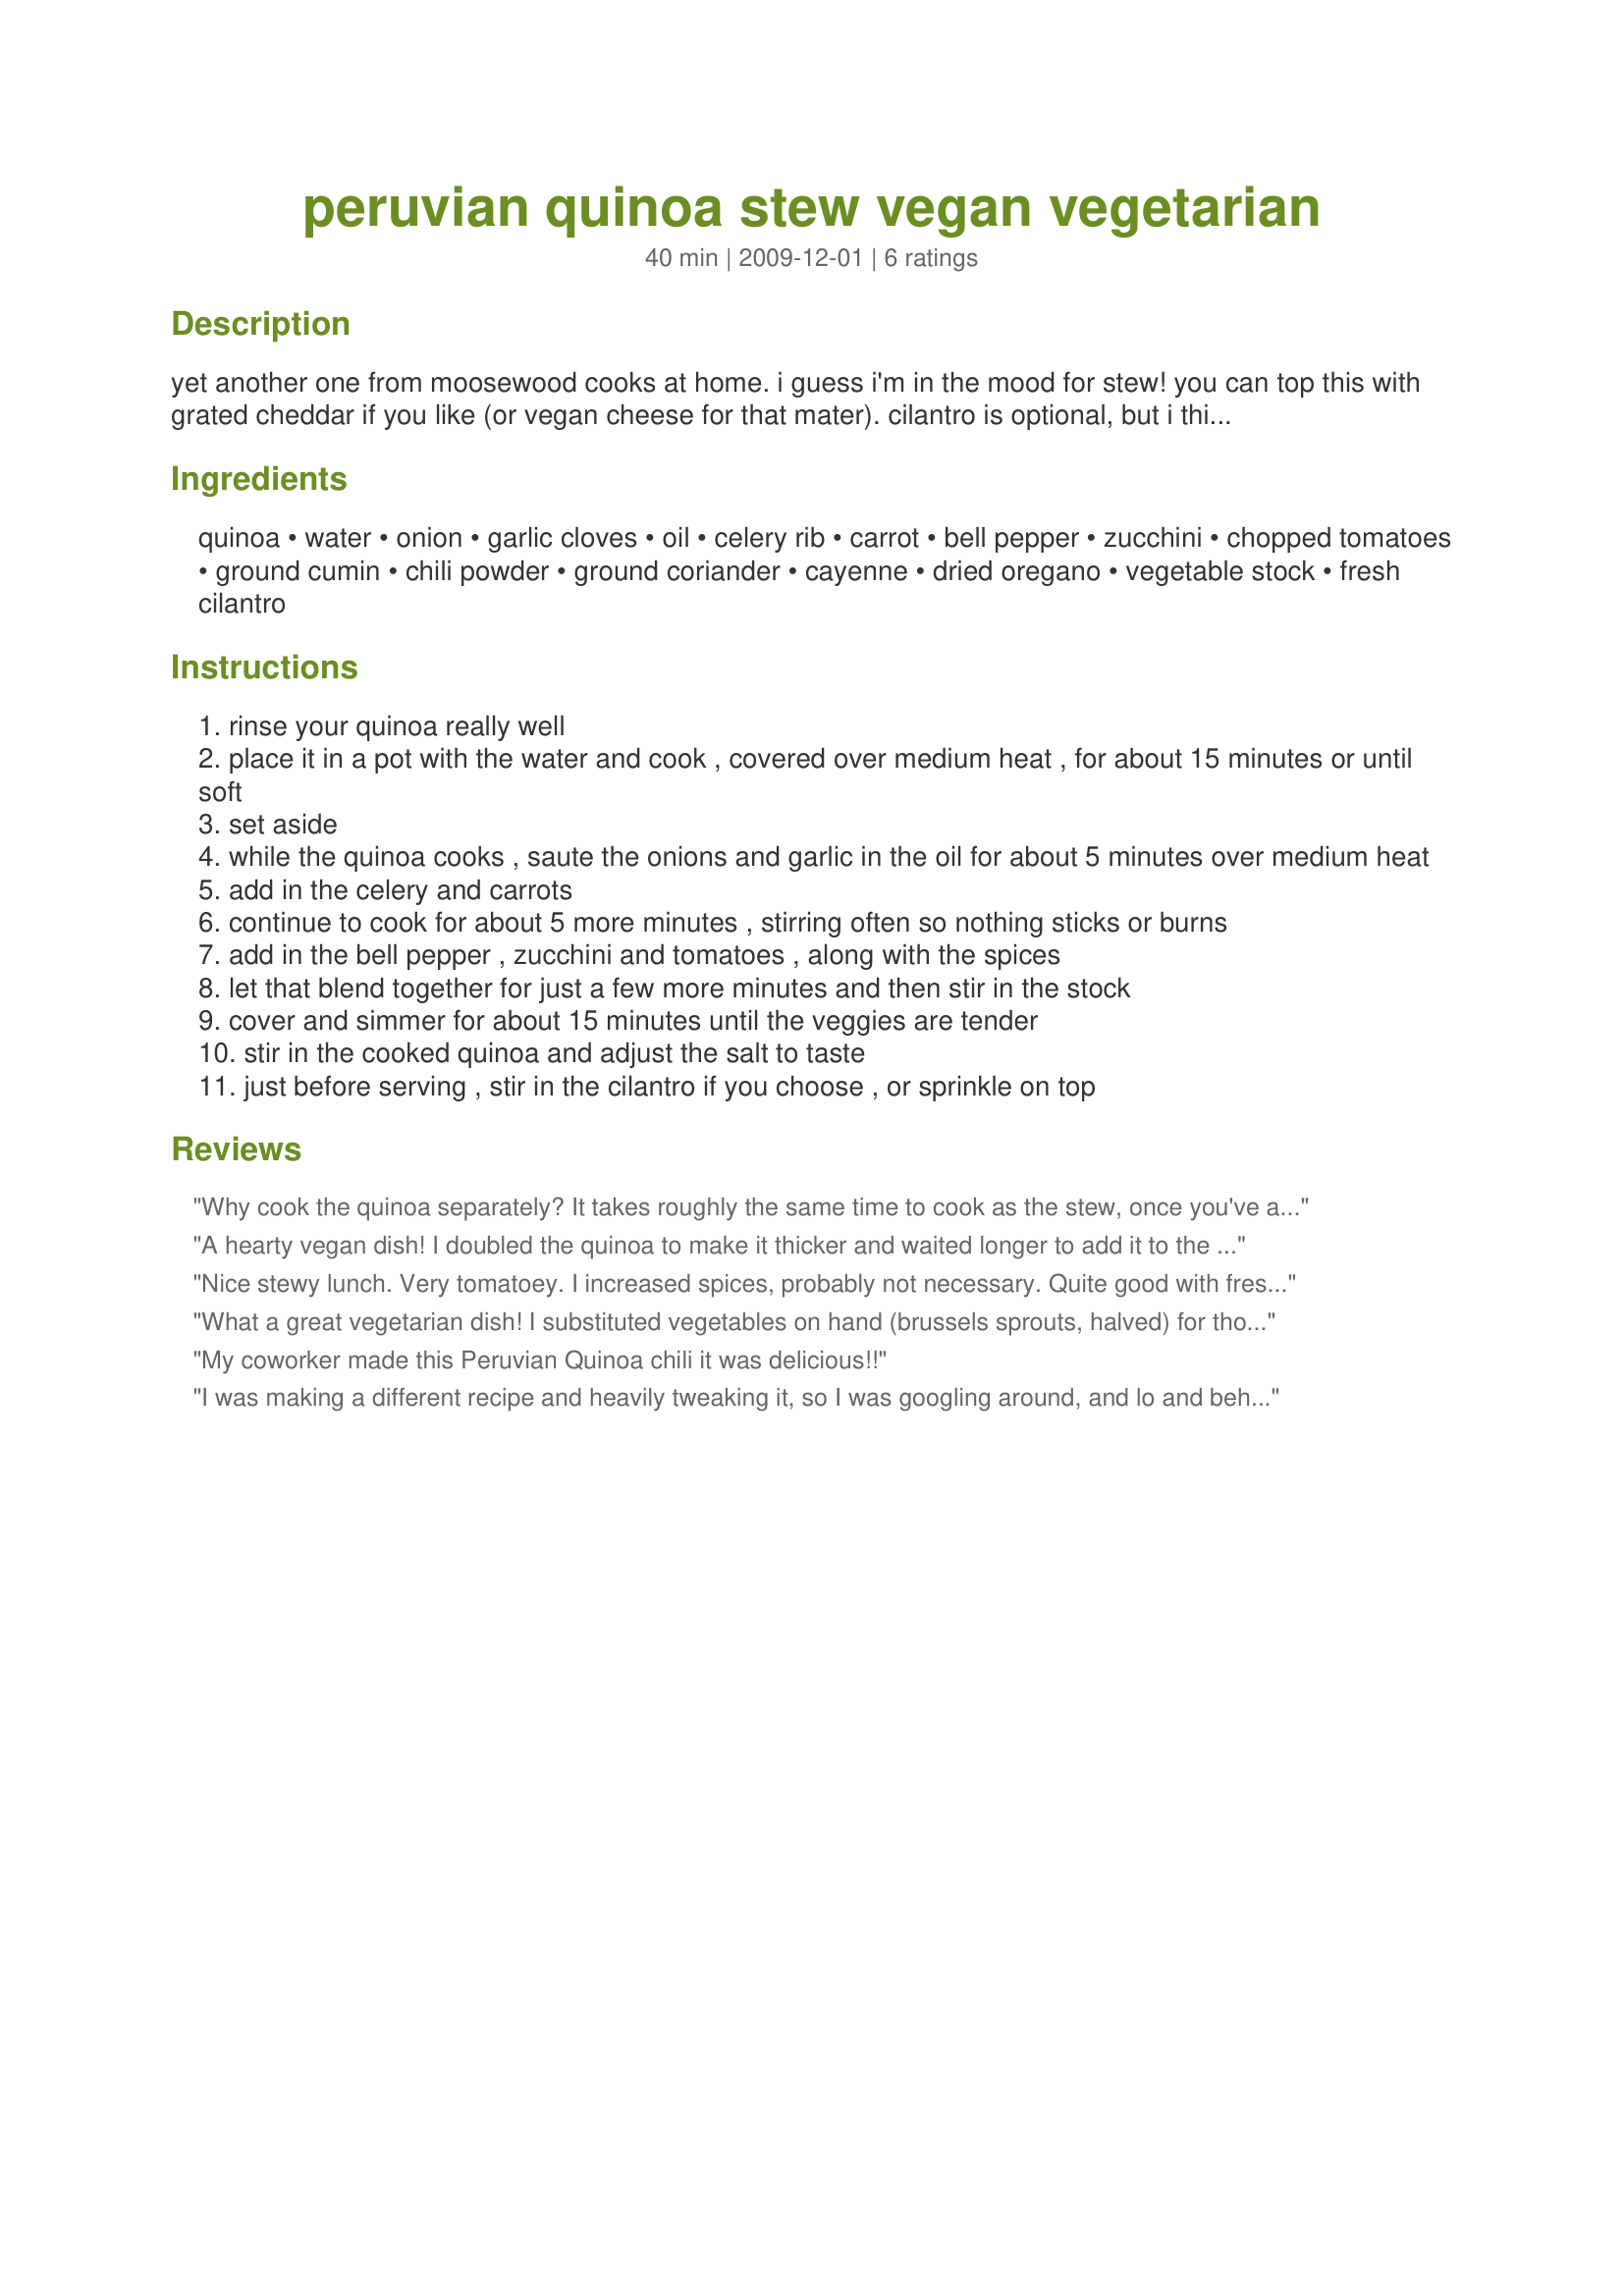
peruvian quinoa stew vegan vegetarian
Preparation time: 40 minutes

yet another one from moosewood cooks at home. i guess i'm in the mood for stew! you can top this with grated cheddar if you like (or vegan cheese for that mater). cilantro is optional, but i think it really makes it. i also like cornbread with this - very satisying.

Ingredients:
quinoa, water, onion, garlic cloves, oil, celery rib, carrot, bell pepper, zucchini, chopped tomatoes, ground cumin, chili powder, ground coriander, cayenne, dried oregano, vegetable stock, fresh cilantro

Steps:
rinse your quinoa really well
place it in a pot with the water and cook , covered over medium heat , for about 15 minutes or until soft
set aside
while the quinoa cooks , saute the onions and garlic in the oil for about 5 minutes over medium heat
add in the celery and carrots
continue to cook for about 5 more minutes , stirring often so nothing sticks or burns
add in the bell pepper , zucchini and tomatoes , along with the spices
let that blend together for just a few more minutes and then stir in the stock
cover and simmer for about 15 minutes until the veggies are tender
stir in the cooked quinoa and adjust the salt to taste
just before serving , stir in the cilantro if you choose , or sprinkle on top

Reviews:
Why cook the quinoa separately? It takes roughly the same time to cook as the stew, once you've added the stock (a little less, actually). If you add it raw at that point it'll pick up the flavor of the veggies and it will turn out more tasty.
A hearty vegan dish! I doubled the quinoa to make it thicker and waited longer to add it to the stew base. I also used a full teaspoon of chili powder. Quite a delicious combination of flavors. I'm thinking I'll use the leftovers to stuff peppers.
Nice stewy lunch. Very tomatoey. I increased spices, probably not necessary. Quite good with fresh biscuits crumbled over it. Took 2 min in a pressure cooker. Can&#039;t beat that!
What a great vegetarian dish! I substituted vegetables on hand (brussels sprouts, halved) for those I didn't care for (bell pepper, celery) or unavailable (zucchini). I also made mistakes, like adding the cooked quinoa too soon. I didn't have coriander in my spice rack. Despite all these changes, the dish came out great! I really recommend this.
My coworker made this Peruvian Quinoa chili it was delicious!!
I was making a different recipe and heavily tweaking it, so I was googling around, and lo and behold I found this recipe. More or less what I made, and it's delicious. I used 1 zucchini, 4 small carrots, 3 stalks celery, 5 plum tomatoes pulsed in food processor, 1 tbl cumin (plus more), 1 tbs dried oregano, 1 Serrano pepper, dash of cayenne, 1/2 tsp chili powder, 1 tsp ground coriander, 1/2 tsp sea salt and some pepper. I threw in spinach at the end. I added 1/2 cup quinoa and used 33 oz of chicken broth. I simmered partially covered for 25 mins then threw in some spinach. I pulsed 1 cup of cilantro and 6 scallions in a food processor and added that in. A squeeze of lime and I was done!
